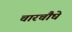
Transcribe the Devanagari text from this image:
चारचौघे